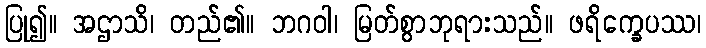
ပြု၍။ အဌာသိ၊ တည်၏။ ဘဂဝါ၊ မြတ်စွာဘုရားသည်။ ဖရိက္ခေပဿ၊